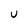
Character: U